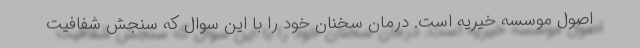
اصول موسسه خیریه است. درمان سخنان خود را با این سوال که سنجش شفافیت